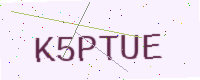
Text: K5PTUE